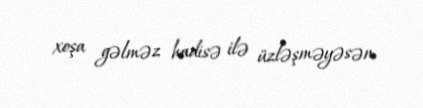
xoşa gəlməz hadisə ilə üzləşməyəsən.